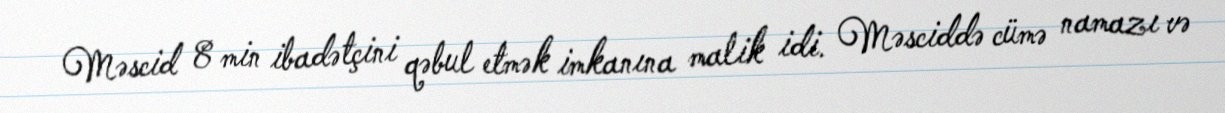
Məscid 8 min ibadətçini qəbul etmək imkanına malik idi. Məsciddə cümə namazı və